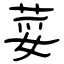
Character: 荽